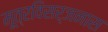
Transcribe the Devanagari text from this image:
मूत्रविसर्जनास